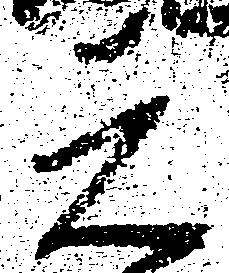
元